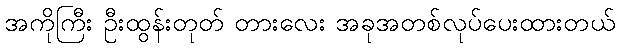
အကိုကြီး ဦးထွန်းတုတ် တားလေး အခုအတစ်လုပ်ပေးထားတယ်